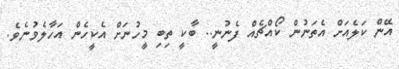
އޭން ކަލެއަށް އެތަނުން ކޯއްޗެއް ފެނުނީ.. ބާކީ ތިބި މީހުނަށް އެކީހެން އަހާލެވުނެވެ.